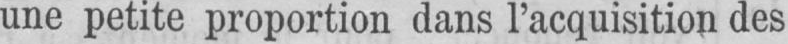
une petite proportion dans l’acquisition des